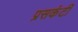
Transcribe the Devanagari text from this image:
प्रसकंटी